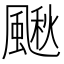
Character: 𩘌